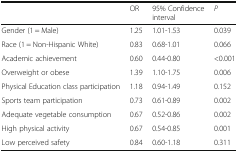
<table><thead><tr><td></td><td><b>OR</b></td><td><b>95% Confidence interval</b></td><td><b><i>P</i></b></td></tr></thead><tbody><tr><td>Gender (1 = Male)</td><td>1.25</td><td>1.01-1.53</td><td>0.039</td></tr><tr><td>Race (1 = Non-Hispanic White)</td><td>0.83</td><td>0.68-1.01</td><td>0.066</td></tr><tr><td>Academic achievement</td><td>0.60</td><td>0.44-0.80</td><td>&lt;0.001</td></tr><tr><td>Overweight or obese</td><td>1.39</td><td>1.10-1.75</td><td>0.006</td></tr><tr><td>Physical Education class participation</td><td>1.18</td><td>0.94-1.49</td><td>0.152</td></tr><tr><td>Sports team participation</td><td>0.73</td><td>0.61-0.89</td><td>0.002</td></tr><tr><td>Adequate vegetable consumption</td><td>0.67</td><td>0.52-0.86</td><td>0.002</td></tr><tr><td>High physical activity</td><td>0.67</td><td>0.54-0.85</td><td>0.001</td></tr><tr><td>Low perceived safety</td><td>0.84</td><td>0.60-1.18</td><td>0.311</td></tr></tbody></table>